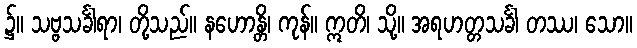
၌။ သဗ္ဗသင်္ခါရာ၊ တို့သည်။ နဟောန္တိ၊ ကုန်။ ဣတိ၊ သို့။ အရဟတ္တသင်္ခါ တဿ၊ သော။